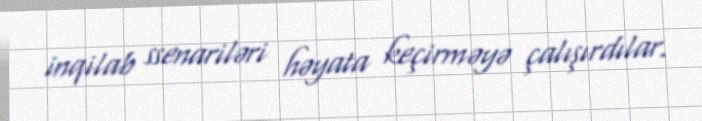
inqilab ssenariləri həyata keçirməyə çalışırdılar.